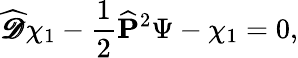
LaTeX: {\widehat{\pmb{\mathscr{D}}}}\chi_{1}-{\frac{1}{2}}{\widehat{\mathbf P}}^{2}\Psi-\chi_{1}=0,